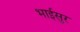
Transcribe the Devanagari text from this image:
भाईसुर